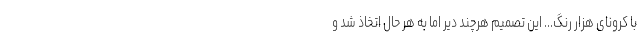
با کرونای هزار رنگ... این تصمیم هرچند دیر اما به هر حال اتخاذ شد و